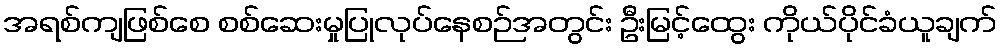
အရစ်ကျဖြစ်စေ စစ်ဆေးမှုပြုလုပ်နေစဉ်အတွင်း ဦးမြင့်ထွေး ကိုယ်ပိုင်ခံယူချက်